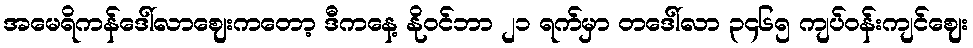
အမေရိကန်ဒေါ်လာဈေးကတော့ ဒီကနေ့ နိုဝင်ဘာ ၂၁ ရက်မှာ တဒေါ်လာ ၃၄၆၅ ကျပ်ဝန်းကျင်ဈေး